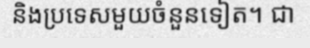
និងប្រទេសមួយចំនួនទៀត។ ជា